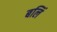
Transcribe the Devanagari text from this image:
बलिं